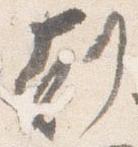
剋